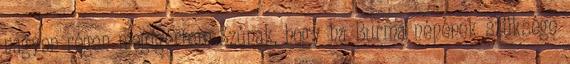
nagyon régen megígértem Szúnak, hogy ha Burma népének szüksége